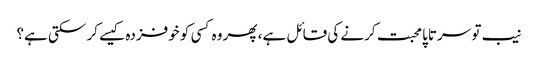
نیب تو سرتاپا محبت کرنے کی قائل ہے، پھر وہ کسی کو خوفزدہ کیسے کر سکتی ہے؟